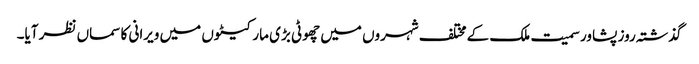
گذشتہ روز پشاور سمیت ملک کے مختلف شہروں میں چھوٹی بڑی مارکیٹوں میں ویرانی کا سماں نظر آیا۔